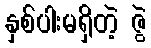
နှစ်ပါးမရှိတဲ့ ဇွဲ